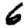
Digit: 6